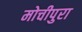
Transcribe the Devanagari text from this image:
मोचीपुरा